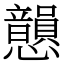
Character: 𢥫